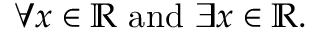
\forall x \in \mathbb { R } { \mathrm { ~ a n d ~ } } \exists x \in \mathbb { R } .